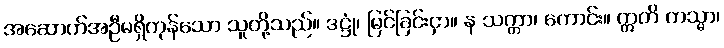
အဆောက်အဦမရှိကုန်သော သူတို့သည်။ ဒဋ္ဌုံ၊ မြင်ခြင်းငှာ။ န သက္ကာ၊ ကောင်း။ ဣတိ တသ္မာ၊